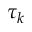
\tau _ { k }